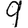
Digit: 9